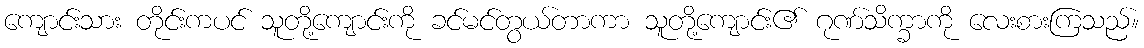
ကျောင်းသား တိုင်းကပင် သူတို့ကျောင်းကို ခင်မင်တွယ်တာကာ သူတို့ကျောင်း၏ ဂုဏ်သိက္ခာကို လေးစားကြသည်။